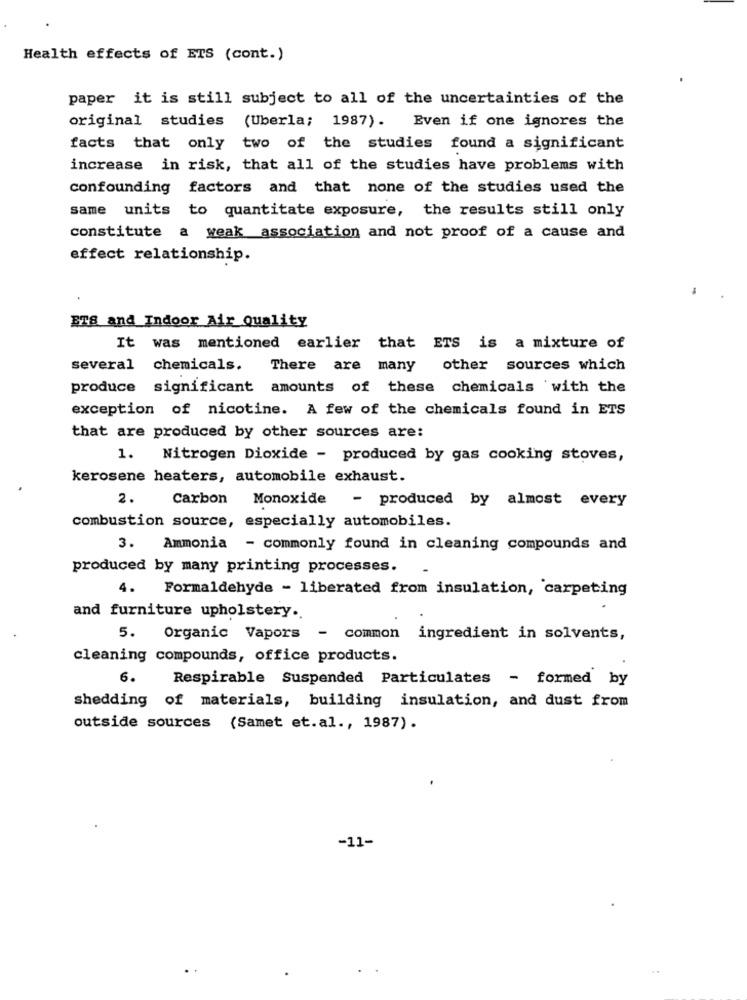
Health effects of ETS (cont.)
paper it is still subject to all of the uncertainties of the
original studies (Uberla; 1987). Even if one ignores the
facts that only two of the studies found a significant
increase in risk, that all of the studies have problems with
confounding factors and that none of the studies used the
same units to quantitate exposure, the results still only
constitute a weak association and not proof of a cause and
effect relationship.
ETS and Indoor Air Quality
It was mentioned earlier that ETS is a mixture of
several chemicals.
There are many other sources which
produce significant amounts of these chemicals with the
exception of nicotine. A few of the chemicals found in ETS
that are produced by other sources are:
1. Nitrogen Dioxide - produced by gas cooking stoves,
kerosene heaters, automobile exhaust.
2.
Carbon
Monoxide - produced by almost every
combustion source, especially automobiles.
3. Ammonia - commonly found in cleaning compounds and
produced by many printing processes.
4.
Formaldehyde - liberated from insulation, carpeting
and furniture upholstery.
5. Organic Vapors - common ingredient in solvents,
cleaning compounds, office products.
6.
Respirable Suspended Particulates - formed by
shedding of materials, building insulation, and dust from
outside sources (Samet et.al ., 1987).
-11-